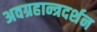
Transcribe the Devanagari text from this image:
अवग्रहान्त्रदर्शन